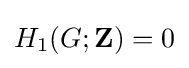
H_{1}(G;\mathbf {Z} )=0